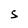
Character: S